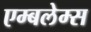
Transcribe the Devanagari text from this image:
एम्बलेम्स